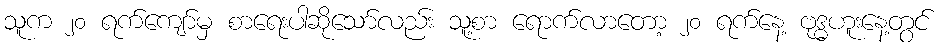
သူက ၂၀ ရက်ကျော်မှ စာရေးပါဆိုသော်လည်း သူ့စာ ရောက်လာတော့ ၂၀ ရက်နေ့ ဗုဒ္ဓဟူးနေ့တွင်